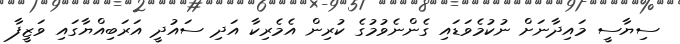
ސިޔާސީ މައިދާނަށް ނުކުމެވަޑައި ގެންނެވުމުގެ ކުރިން އެމެރިކާ އަދި ސައުދީ އަރަބިއްޔާގައި ވަޒީފާ